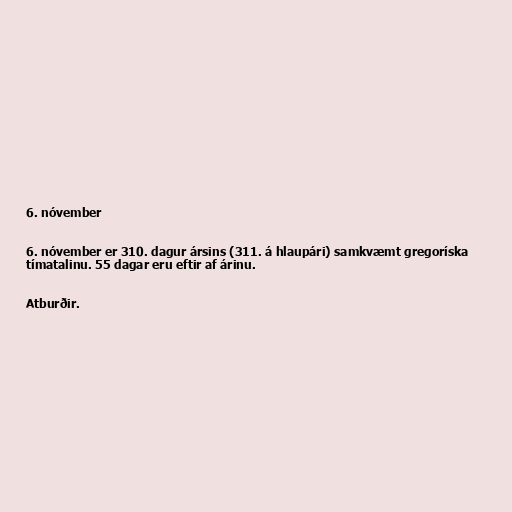
6. nóvember

6. nóvember er 310. dagur ársins (311. á hlaupári) samkvæmt gregoríska
tímatalinu. 55 dagar eru eftir af árinu.

Atburðir.